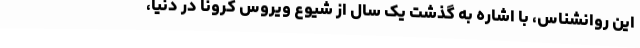
این روانشناس، با اشاره به گذشت یک سال از شیوع ویروس کرونا در دنیا،